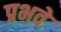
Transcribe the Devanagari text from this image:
प्रभवे